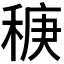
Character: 𫀻